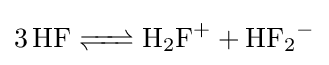
{\ce {3 HF <=> H2F+ + HF2-}}